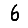
Digit: 6